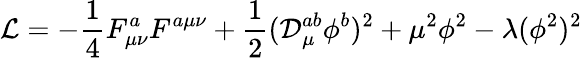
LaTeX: {\cal L}=-\frac{1}{4}F_{\mu\nu}^{a}F^{a\mu\nu}+\frac{1}{2}({\cal D}_{\mu}^{ab}\phi^{b})^{2}+\mu^{2}\phi^{2}-\lambda(\phi^{2})^{2}